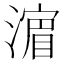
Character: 𣾉